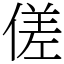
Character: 傞